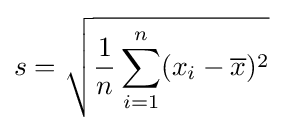
s={\sqrt {{\frac {1}{n}}\sum _{i=1}^{n}(x_{i}-{\overline {x}})^{2}}}